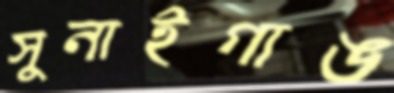
সুনাইগাঙ